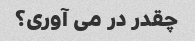
چقدر در می آوری؟